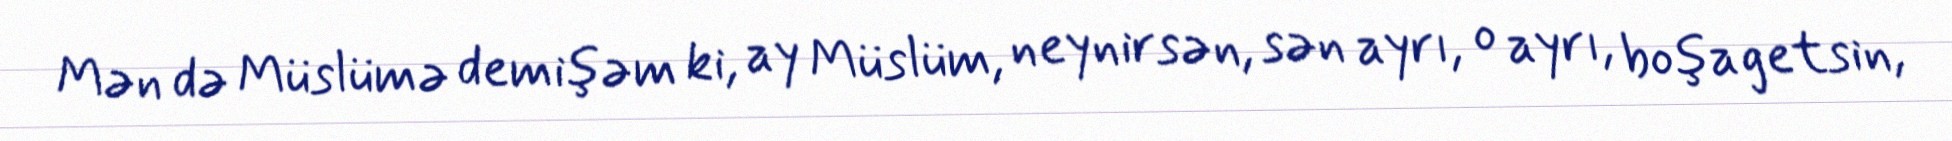
Mən də Müslümə demişəm ki, ay Müslüm, neynirsən, sən ayrı, o ayrı, boşa getsin,